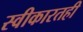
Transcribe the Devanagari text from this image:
स्वीकारतही